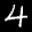
Label: 4